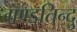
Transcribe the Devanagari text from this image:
गण्डतिन्दु